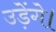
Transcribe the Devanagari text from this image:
उड़ेंगे।